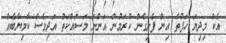
އެކު މިދިޔަ ހަފުތާ އިން ފެށިގެން ކުރަމުން އަންނަ މަސައްކަތް އަދިވެސް ކާމިޔާބެއް